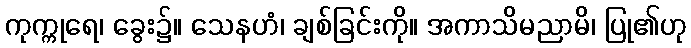
ကုက္ကုရေ၊ ခွေး၌။ သေနဟံ၊ ချစ်ခြင်းကို။ အကာသိမညာမိ၊ ပြု၏ဟု